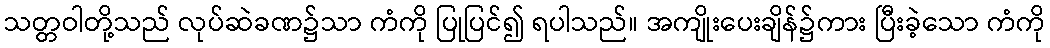
သတ္တဝါတို့သည် လုပ်ဆဲခဏ၌သာ ကံကို ပြုပြင်၍ ရပါသည်။ အကျိုးပေးချိန်၌ကား ပြီးခဲ့သော ကံကို